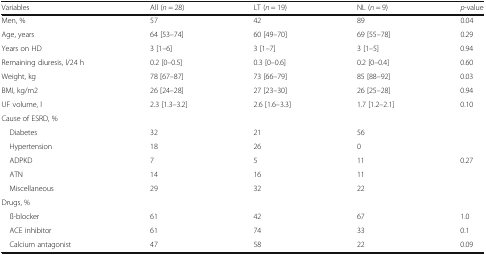
<table><thead><tr><td><b>Variables</b></td><td><b>All (<i>n</i> = 28)</b></td><td><b>LT (<i>n</i> = 19)</b></td><td><b>NL (<i>n</i> = 9)</b></td><td><b><i>p</i>-value</b></td></tr></thead><tbody><tr><td>Men, %</td><td>57</td><td>42</td><td>89</td><td>0.04</td></tr><tr><td>Age, years</td><td>64 [53–74]</td><td>60 [49–70]</td><td>69 [55–78]</td><td>0.29</td></tr><tr><td>Years on HD</td><td>3 [1–6]</td><td>3 [1–7]</td><td>3 [1–5]</td><td>0.94</td></tr><tr><td>Remaining diuresis, l/24 h</td><td>0.2 [0–0.5]</td><td>0.3 [0–0.6]</td><td>0.2 [0–0.4]</td><td>0.60</td></tr><tr><td>Weight, kg</td><td>78 [67–87]</td><td>73 [66–79]</td><td>85 [88–92]</td><td>0.03</td></tr><tr><td>BMI, kg/m2</td><td>26 [24–28]</td><td>27 [23–30]</td><td>26 [25–28]</td><td>0.94</td></tr><tr><td>UF volume, l</td><td>2.3 [1.3–3.2]</td><td>2.6 [1.6–3.3]</td><td>1.7 [1.2–2.1]</td><td>0.10</td></tr><tr><td colspan="5">Cause of ESRD, %</td></tr><tr><td> Diabetes</td><td>32</td><td>21</td><td>56</td><td></td></tr><tr><td> Hypertension</td><td>18</td><td>26</td><td>0</td><td></td></tr><tr><td> ADPKD</td><td>7</td><td>5</td><td>11</td><td>0.27</td></tr><tr><td> ATN</td><td>14</td><td>16</td><td>11</td><td></td></tr><tr><td> Miscellaneous</td><td>29</td><td>32</td><td>22</td><td></td></tr><tr><td colspan="5">Drugs, %</td></tr><tr><td> ß-blocker</td><td>61</td><td>42</td><td>67</td><td>1.0</td></tr><tr><td> ACE inhibitor</td><td>61</td><td>74</td><td>33</td><td>0.1</td></tr><tr><td> Calcium antagonist</td><td>47</td><td>58</td><td>22</td><td>0.09</td></tr></tbody></table>